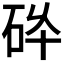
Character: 𱳸